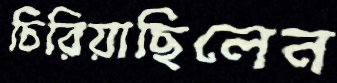
চিরিয়াছিলেন